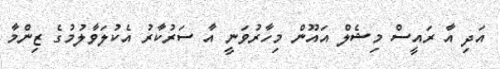
އަދި އާ ރައީސް މިޝެލް އައޫން މިހާރުވަނީ އާ ސަރުކާރު އެކުލަވާލުމުގެ ޒިންމާ